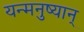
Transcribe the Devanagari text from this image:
यन्मनुष्यान्